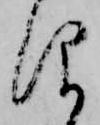
仰